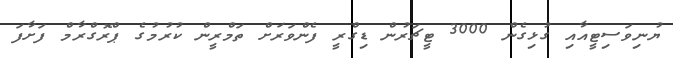
ޔުނިވަސިޓީއާއި ގުޅިގެން 3000 ޓީޗަރުން ޑިގްރީ ފެންވަރަށް ތަމްރީން ކުރުމުގެ ޕްރޮގްރާމް ފަށާފަ